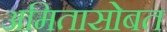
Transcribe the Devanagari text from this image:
अमितासोबत